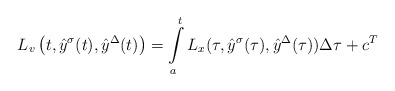
\begin{align*}L_{v}\left(t, \hat{y}^{\sigma}(t),\hat{y}^{\Delta}(t)\right)=\int\limits_{a}^{t}L_{x}(\tau, \hat{y}^{\sigma}(\tau),\hat{y}^{\Delta}(\tau))\Delta\tau+c^{T}\end{align*}